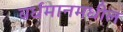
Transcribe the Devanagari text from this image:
बर्धमानमधील